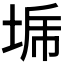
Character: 𰉳